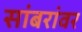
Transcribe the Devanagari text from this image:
सांबरांवर